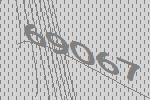
69067